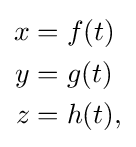
{\begin{aligned}x&=f(t)\\y&=g(t)\\z&=h(t),\end{aligned}}